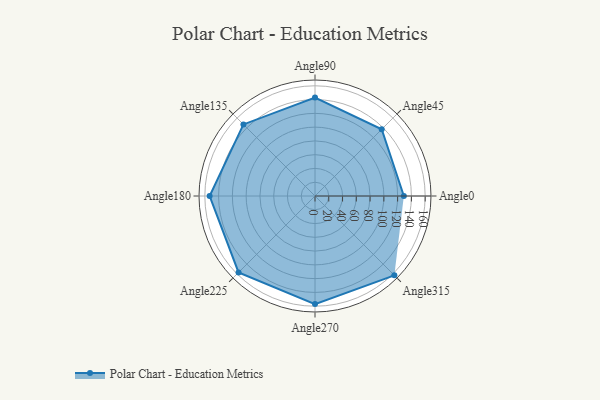
{"axis": {"x": "Angle", "y": "Radius"}, "legend": [""], "data": [{"x": "Angle0", "y": 129.0, "type": ""}, {"x": "Angle45", "y": 137.0, "type": ""}, {"x": "Angle90", "y": 143.0, "type": ""}, {"x": "Angle135", "y": 147.0, "type": ""}, {"x": "Angle180", "y": 153.0, "type": ""}, {"x": "Angle225", "y": 157.0, "type": ""}, {"x": "Angle270", "y": 157.0, "type": ""}, {"x": "Angle315", "y": 163.0, "type": ""}]}